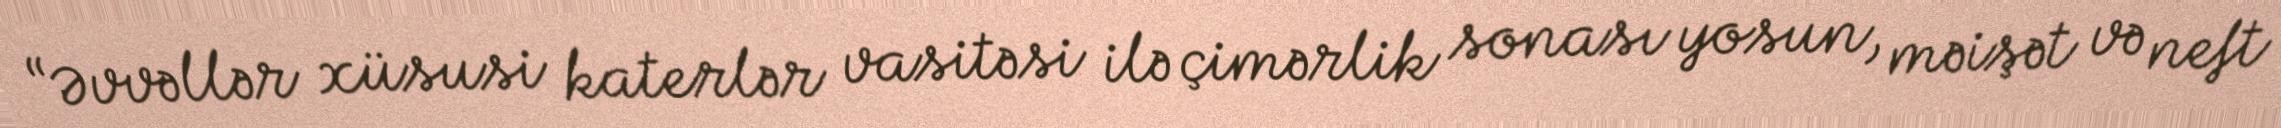
“Əvvəllər xüsusi katerlər vasitəsi ilə çimərlik sonası yosun, məişət və neft